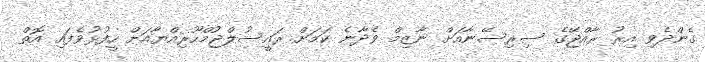
ގެންދެވި އިރު ރާއްޖޭގެ ސިރިސޭނާއަށް ނާޒިމް ވެދާނެ ކަމަށް ރައީސުލްޖުމްހޫރިއްޔާއަށް ހީފުޅުވެފައި އޮތް